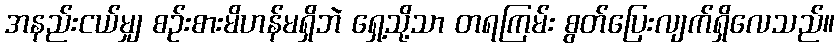
အနည်းငယ်မျှ စဉ်းစားမိဟန်မရှိဘဲ ရှေ့သို့သာ တရကြမ်း စွတ်ပြေးလျက်ရှိလေသည်။